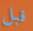
قبل